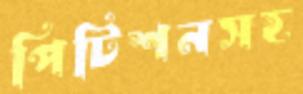
পিটিশনসহ